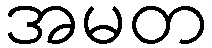
အမတ